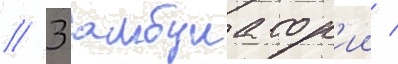
/ 3 амбулатор'ии /